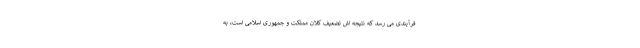
فرآیندی می رسد که نتیجه اش تضعیف کلان مملکت و جمهوری اسلامی است، به